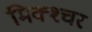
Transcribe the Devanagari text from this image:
मिक्‍श्‍चर